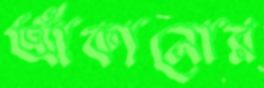
আঁকানোর